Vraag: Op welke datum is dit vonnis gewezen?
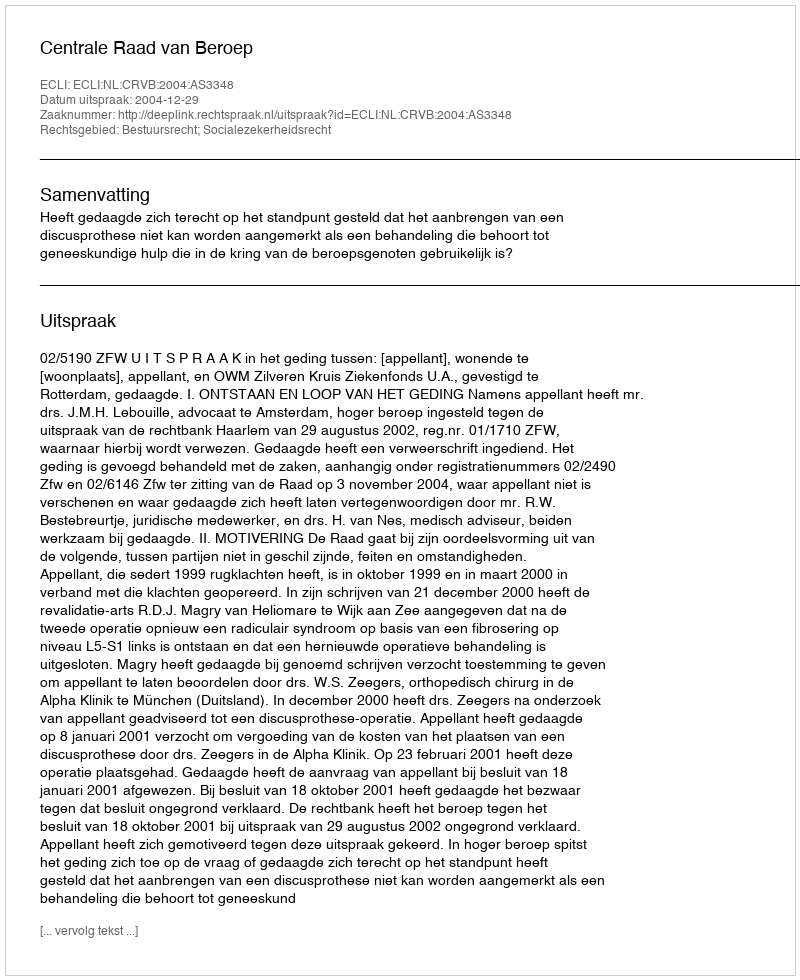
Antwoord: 2004-12-29